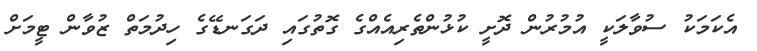
އެކަމަކު ސުވާލަކީ އުމުރުން ދޮށީ ކުޅުންތެރިއެއްގެ ގޮތުގައި ދަގަނޑޭގެ ހިދުމަތް ޒުވާން ޓީމަށް